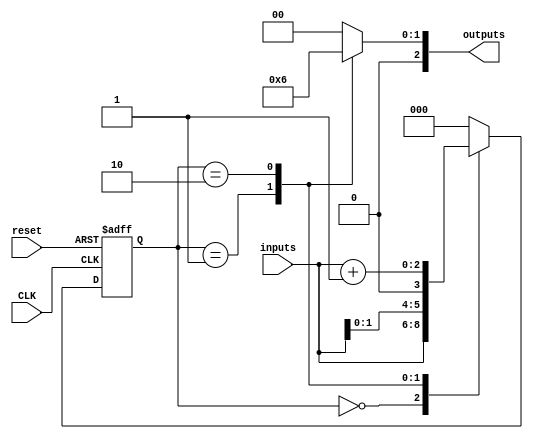
module Gray_State_Machine (
    input wire CLK,
    input wire reset,
    input wire [N-1:0] inputs,
    output reg [N-1:0] outputs
);
    
parameter N = 3; // Number of bits for state and inputs
reg [N-1:0] state_reg, next_state;
    
// State transition logic
always @ (posedge CLK or posedge reset) begin
    if (reset) begin
        state_reg <= 0;
    end else begin
        state_reg <= next_state;
    end
end
    
// Output generation logic
always @ (*) begin
    case(state_reg)
        0: outputs = 3'b000; // Output for state 0
        1: outputs = 3'b001; // Output for state 1
        2: outputs = 3'b010; // Output for state 2
        default: outputs = 3'b000; // Default output
    endcase
end
    
// Next state logic
always @ (*) begin
    case(state_reg)
        0: next_state = inputs; // Define next state based on inputs for state 0
        1: next_state = {inputs[N-2:0], 1'b0}; // Define next state based on inputs for state 1
        2: next_state = inputs + 1'b1; // Define next state based on inputs for state 2
        default: next_state = 3'b000; // Default next state
    endcase
end

endmodule